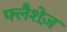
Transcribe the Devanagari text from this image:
फ्लैशेज़